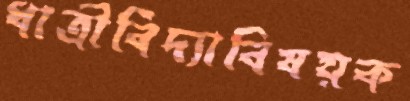
ধাত্রীবিদ্যাবিষয়ক